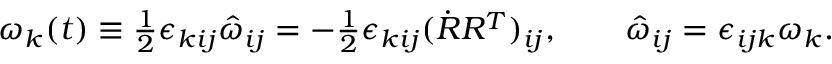
\begin{array} { r } { \omega _ { k } ( t ) \equiv \frac 1 2 \epsilon _ { k i j } \hat { \omega } _ { i j } = - \frac 1 2 \epsilon _ { k i j } ( \dot { R } R ^ { T } ) _ { i j } , \qquad \hat { \omega } _ { i j } = \epsilon _ { i j k } \omega _ { k } . } \end{array}